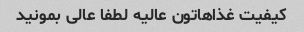
کیفیت غذاهاتون عالیه لطفا عالی بمونید